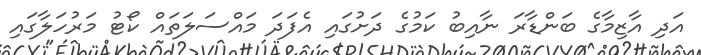
އަދި އާޒިމާގެ ބަންޑާރަ ނާއިބު ކަމުގެ ދަށުގައި އެފަދަ މައްސަލަތައް ކޯޓު މަރުހަލާގައި